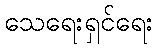
သေရေးရှင်ရေး